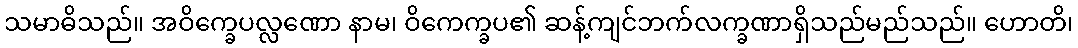
သမာဓိသည်။ အဝိက္ခေပလ္လဏော နာမ၊ ဝိကေက္ခပ၏ ဆန့်ကျင်ဘက်လက္ခဏာရှိသည်မည်သည်။ ဟောတိ၊